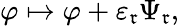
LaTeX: \varphi\mapsto\varphi+\varepsilon_{\mathfrak{r}}\Psi_{\mathfrak{r}},